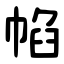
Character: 㡊